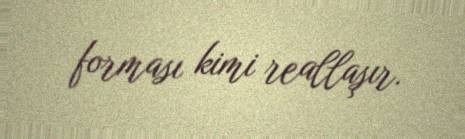
forması kimi reallaşır.